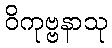
ဝိကုဗ္ဗနာသု